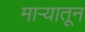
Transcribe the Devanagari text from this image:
माऱ्यातून